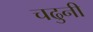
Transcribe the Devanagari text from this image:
चढुनी